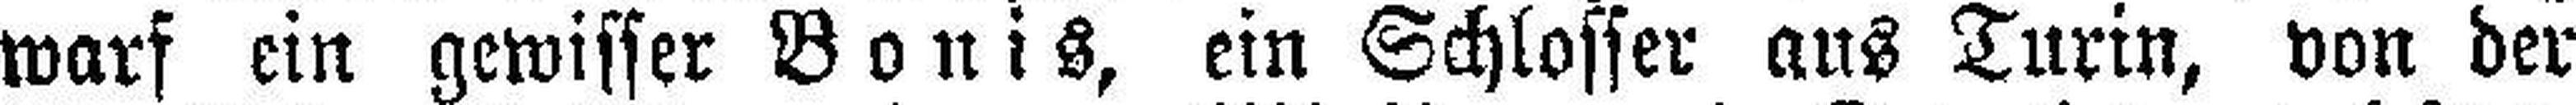
warf ein gewisser Bonis, ein Schlosser aus Turin, von der